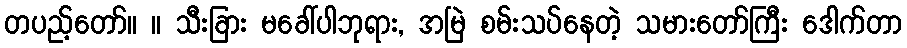
တပည့်တော်။ ။ သီးခြား မခေါ်ပါဘုရား, အမြဲ စမ်းသပ်နေတဲ့ သမားတော်ကြီး ဒေါက်တာ